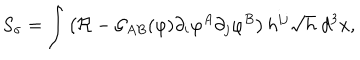
S _ { \sigma } = \int \left( \Re - { \cal G } _ { A B } ( \varphi ) \partial _ { i } \varphi ^ { A } \partial _ { j } \varphi ^ { B } \right) h ^ { i j } \sqrt { h } \; d ^ { 3 } x ,